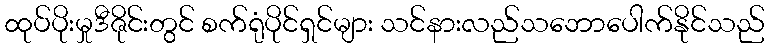
ထုပ်ပိုးမှုဒီဇိုင်းတွင် စက်ရုံပိုင်ရှင်များ သင်နားလည်သဘောပေါက်နိုင်သည်